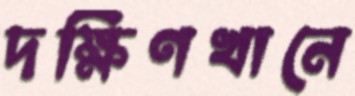
দক্ষিণখানে